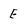
Character: E